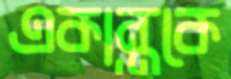
একান্তকে